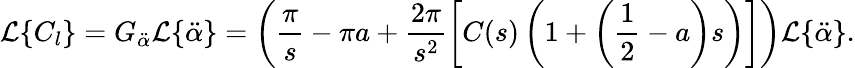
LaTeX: \mathcal{L}\{ C_{l}\} =G_{\ddot{\alpha}}\mathcal{L}\{ \ddot{\alpha}\} =\left(\frac{\pi}{s}-\pi a+\frac{2\pi}{s^{2}}\left[C(s)\left(1+\left(\frac{1}{2}-a\right)s\right)\right]\right)\mathcal{L}\{ \ddot{\alpha}\} .